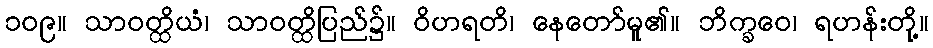
၁၀၉။ သာဝတ္ထိယံ၊ သာဝတ္ထိပြည်၌။ ဝိဟရတိ၊ နေတော်မူ၏။ ဘိက္ခဝေ၊ ရဟန်းတို့။